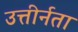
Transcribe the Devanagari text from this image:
उत्तीर्नता